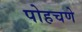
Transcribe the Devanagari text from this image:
पोहचणे